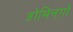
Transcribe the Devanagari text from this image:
डोमिनगो